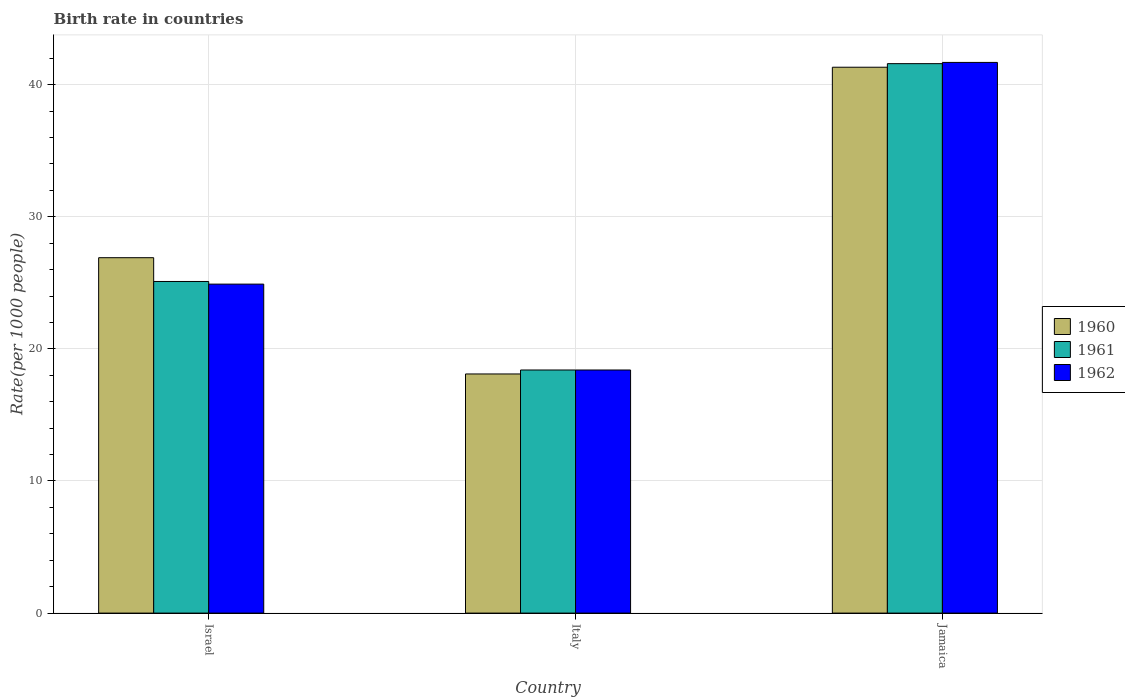
| Country | 1960 | 1961 | 1962 |
 | --- | --- | --- | --- |
 | Israel | 26.9 | 25.1 | 24.9 |
 | Italy | 18.1 | 18.4 | 18.4 |
 | Jamaica | 41.3 | 41.6 | 41.7 |